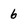
Character: 6